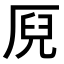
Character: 𠩫